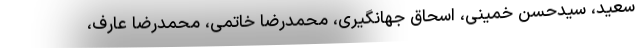
سعید، سیدحسن خمینی، اسحاق جهانگیری، محمدرضا خاتمی، محمدرضا عارف،